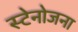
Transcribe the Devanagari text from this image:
स्टेनोजना